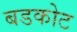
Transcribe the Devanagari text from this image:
बडकोट